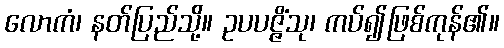
လောကံ၊ နတ်ပြည်သို့။ ဥပပဇ္ဇိံသု၊ ကပ်၍ဖြစ်ကုန်၏။